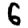
Digit: 6